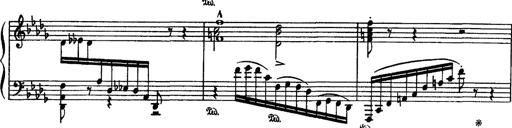
Title: Fantaisie sur des motifs favoris de l'opÃ©ra 'La sonnambula'
Composer: Franz Liszt